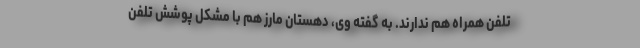
تلفن همراه هم ندارند. به گفته وی، دهستان مارز هم با مشکل پوشش تلفن